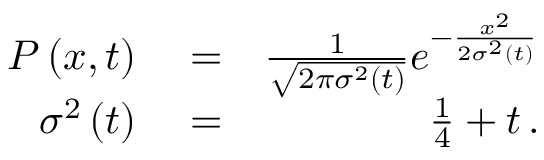
\begin{array} { r l r } { P \left( x , t \right) } & { { } = } & { \frac { 1 } { \sqrt { 2 \pi \sigma ^ { 2 } \left( t \right) } } e ^ { - \frac { x ^ { 2 } } { 2 \sigma ^ { 2 } \left( t \right) } } } \\ { \sigma ^ { 2 } \left( t \right) } & { { } = } & { \frac { 1 } { 4 } + t \, . } \end{array}